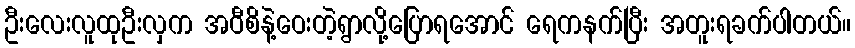
ဦးလေးလူထုဦးလှက အဝီစိနဲ့ဝေးတဲ့ရွာလို့ပြောရအောင် ရေကနက်ပြီး အတူးရခက်ပါတယ်။